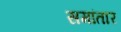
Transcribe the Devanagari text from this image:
समांतार